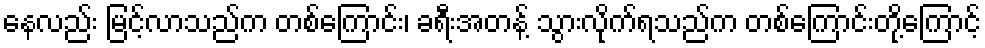
နေလည်း မြင့်လာသည်က တစ်ကြောင်း၊ ခရီးအတန့် သွားလိုက်ရသည်က တစ်ကြောင်းတို့ကြောင့်